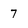
Character: 7